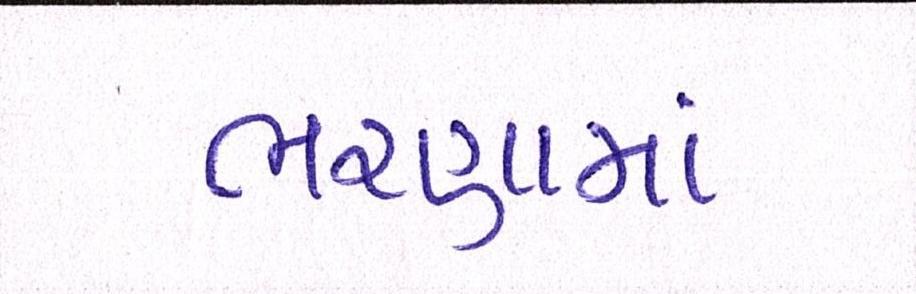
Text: ભરણામાં